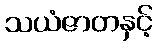
သယံဇာတနှင့်